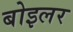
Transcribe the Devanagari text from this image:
बोइलर